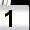
Digit: 1